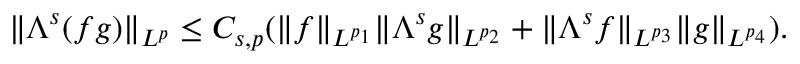
\| \Lambda ^ { s } ( f g ) \| _ { L ^ { p } } \leq C _ { s , p } ( \| f \| _ { L ^ { p _ { 1 } } } \| \Lambda ^ { s } g \| _ { L ^ { p _ { 2 } } } + \| \Lambda ^ { s } f \| _ { L ^ { p _ { 3 } } } \| g \| _ { L ^ { p _ { 4 } } } ) .